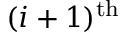
( i + 1 ) ^ { \mathrm { t h } }